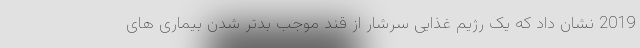
2019 نشان داد که یک رژیم غذایی سرشار از قند موجب بدتر شدن بیماری های